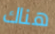
هناك